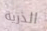
الذرية